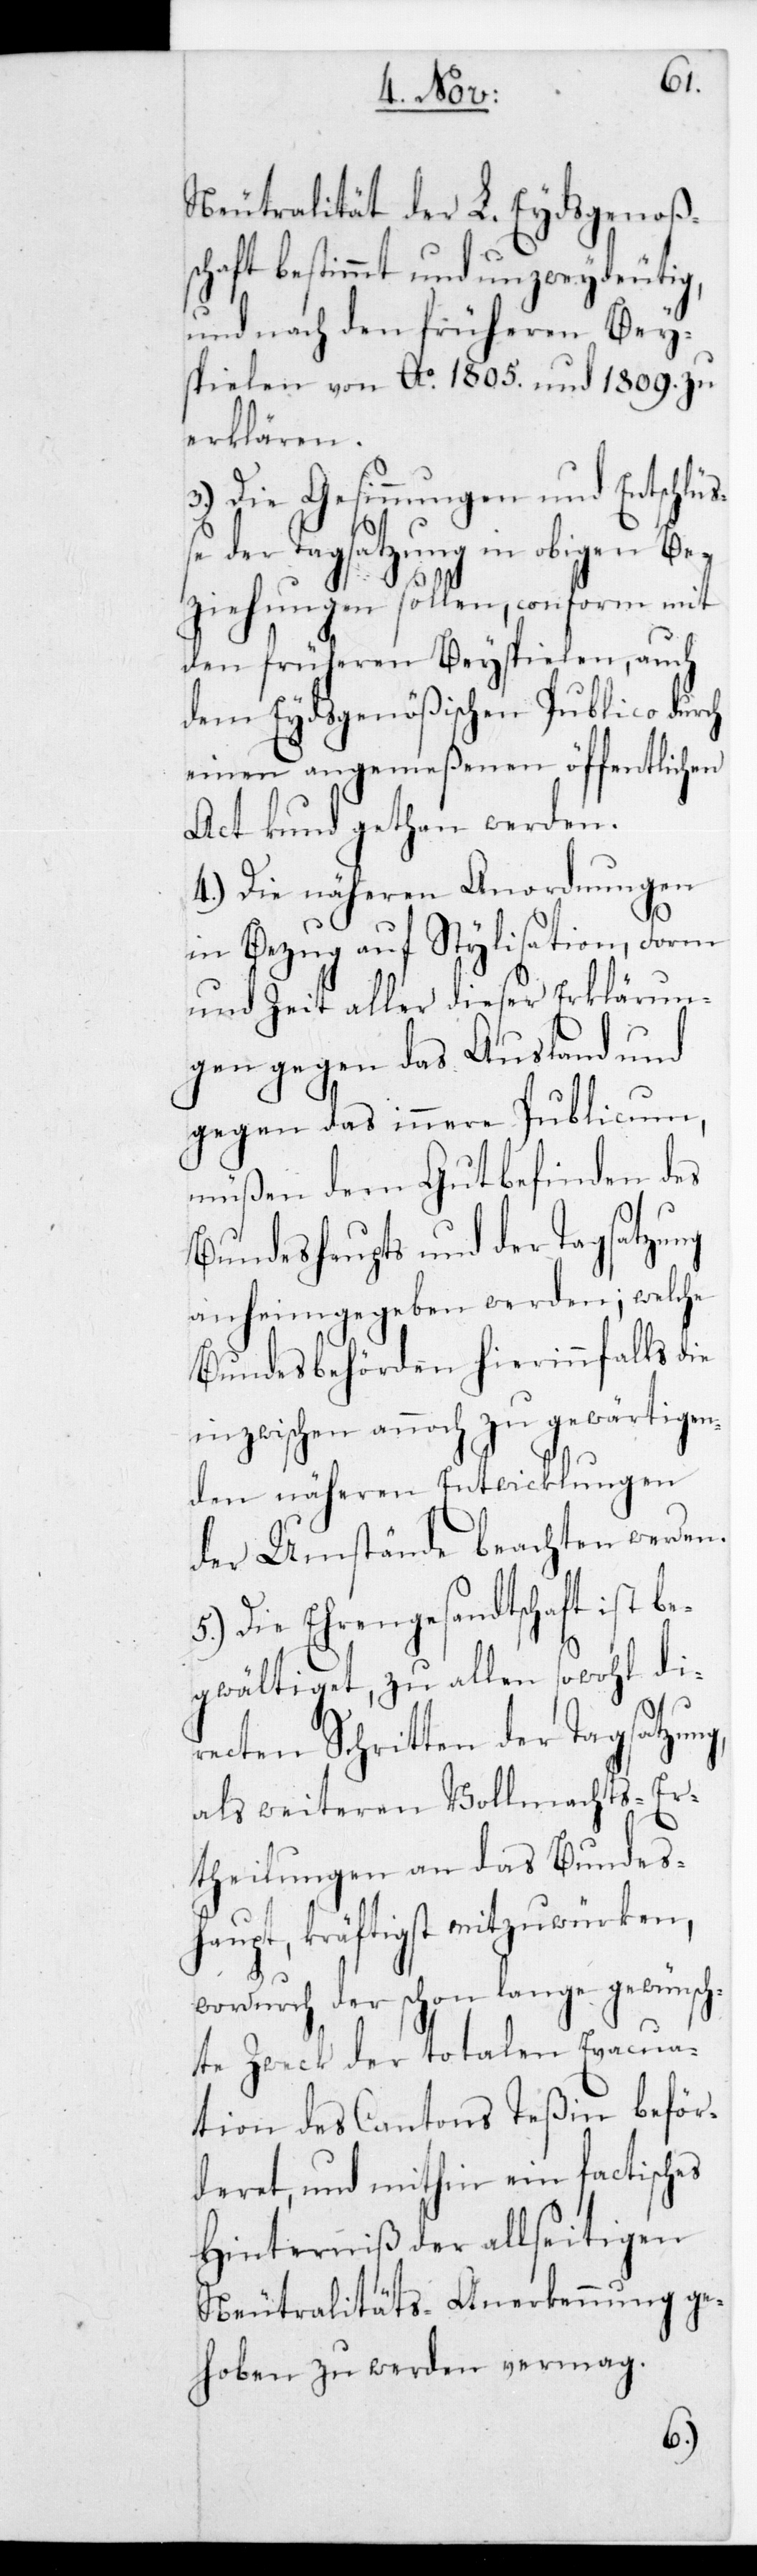
be¬
Neutralität der L. Eydsgenoß¬
chaft bestimmt und unzweydeutig,
und nach den früheren Bey¬
spielen von Ao 1805. und 1809. zu
erklären.
3.) Die Gesinnungen und Entschlüß¬
e der Tagsatzung in obigen Be¬
ziehungen sollen, conform mit
den früheren Beyspielen, auch
dem Eydsgenößischen Publico
einen angemeßenen öffentlichen
Act kund gethan werden.
4.) Die näheren Anordnungen
in Bezug auf Stylisation, Form
und Zeit aller dieser Erklärun¬
gen gegen das Ausland und
gegen das innere Publicum,
müßen dem Gutbefinden des
Bundeshaupts und der Tagsatzung
anheimgegeben werden; welche
Bundesbehörden hierinnfalls die
inzwischen annoch zu gewärtigen¬
den näheren Entwicklungen
werden.
der Umstände beachten
Die Ehrengesandtschaft ist
gwältiget, zu allen sowohl di¬
recten Schritten der Tagsatzung,
als weiteren Vollmachts-Er¬
theilungen an das Bundes¬
haupt, kräftigst mitzuwürken,
wordurch der schon lange gewünsch¬
te Zweck der totalen Evacua¬
tion des Cantons Teßin beför¬
deret, und mithin ein factisches
Hinterniß der allseitigen
Neutralitäts-Anerkennung ge¬
hoben zu werden vermag.
5.)